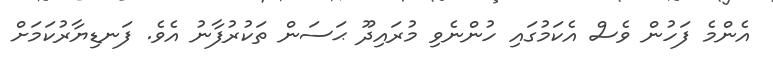
އެންމެ ފަހުން ވެސް އެކަމުގައި ހުންނެވި މުރައިދޫ ޙަސަން ތަކުރުފާނު އެވެ. ފަނޑިޔާރުކަމަށް